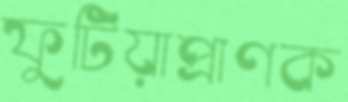
ফুটিয়াপ্রাণক